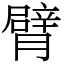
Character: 臂